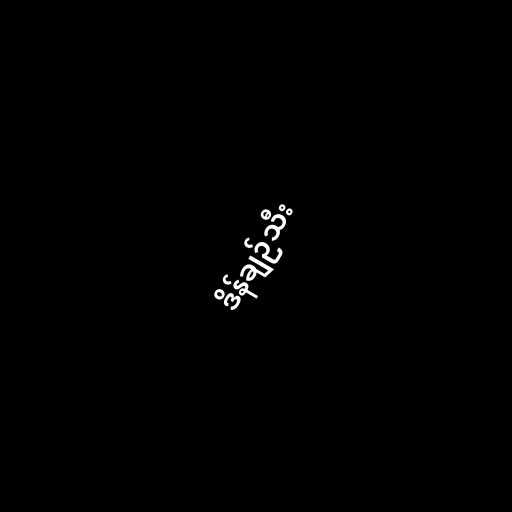
ဒိန်ချဉ်သီး